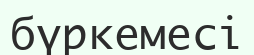
бүркемесі